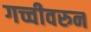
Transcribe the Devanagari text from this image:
गच्चीवरुन